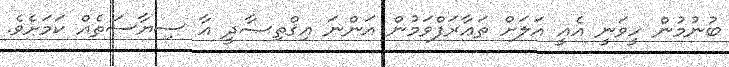
ބުނުމުން ހީވަނީ އެއީ އަލަށް ތަޢާރަފްވަމުން އަންނަ އިޤްތިޞާދީ އާ ސިޔާސަތެއް ކަމަށެވެ.